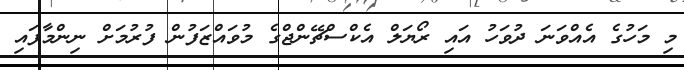
މި މަހުގެ އެއްވަނަ ދުވަހު އައި ރޯޔަލް އެކްސްޗޭންޖްގެ މުވައްޒަފުން ފުރުމަށް ނިންމާފައި